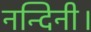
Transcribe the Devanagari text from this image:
नन्दिनी।